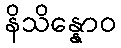
နိသိန္နောဝ